Report on enteric fever
Disease focus: Fever
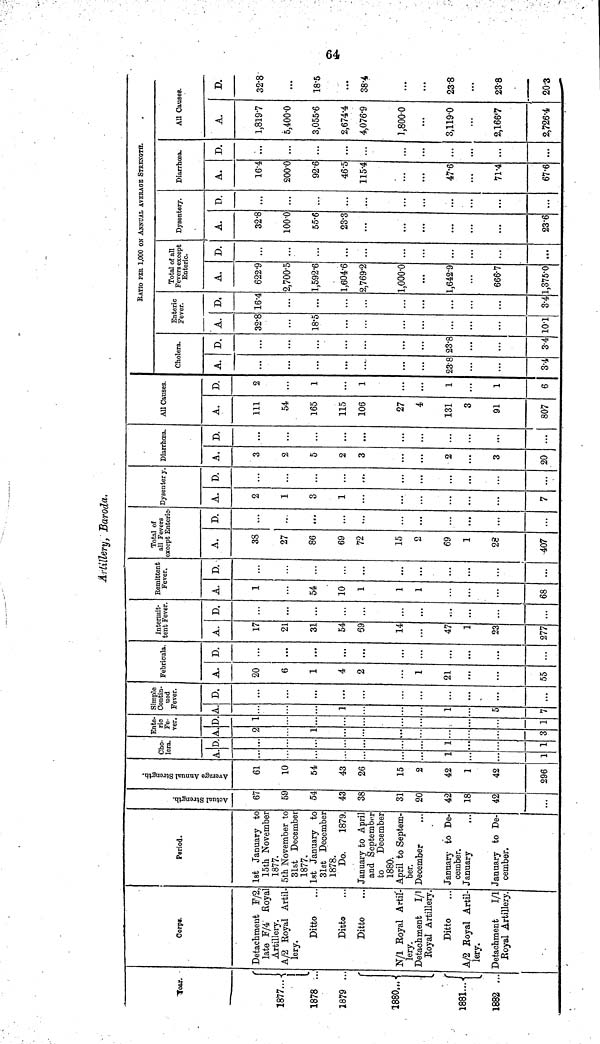
64
Artillery, Baroda.
Year.
1877...
1878 ..
1879 ..
1880...
1881...
1882 ...
Corps.
Detachment F/2
late F/4 Royal
Artillery.
A/2 Royal Artil-
lery.
Ditto
Ditto
Ditto
N/1 Royal Artil-
lery.
Detachment
I/1
Royal Artillery.
Ditto
A/2 Boyal Artil-
lery.
Detachment
I/1
Royal Artillery.
Period.
1st January to
15th November
1877.
5th November to
31st December
1877.
1st January to
31st December
1878.
Do.
1879
January to April
and September
to
December
1880.
April to Septem-
ber.
December
January to De-
cember.
January
January to De-
cember.
Actual Strength.
67
59
54
43
38
31
20
42
18
42
...
Average Annual Strength.
61
10
54
43
26
15
2
42
1
42
296
Cho-
lera.
A.
1
1
D
...
1
1
Ente-
ric
Fe-
ver.
A
2
1
...
3
D
1
1
Simple
Contin-
ued
Fever.
A.
1
1
5
7
D.
...
...
...
Febricula.
A.
20
6
1
4
2
1
21
55
D.
...
...
...
...
...
Intermit-
tent Fever.
A.
17
2:
31
54
69
14
47
1
23
277
D.
...
...
...
...
...
...
Remittent
Fever.
A.
1
54
10
1
1
1
...
...
...
68
D.
...
...
...
...
...
Total of
all Fevers
except Enteric
A.
38
27
86
69
72
15
2
69
1
28
407
...
...
...
...
...
...
Dysentery.
A.
2
1
3
1
...
• ••
7
D.
...
...
...
...
...
...
...
Diarrhœa.
A.
3
2
5
2
3
2
3
20
D.
...
...
...
...
...
All Causes.
A.
111
54
165
115
106
27
4
131
3
91
807
D.
2
...
1
1
1
1
6
RATIO PER 1,000 ON ANNUAL AVERAGE STRENGTH.
Cholera.
A.
...
...
23.8
3.4
D.
...
...
...
23.8
34
Enteric
Fever.
A.
32.8
...
18.5
...
101
ft
16.4
...
...
3.4
Total of all
Fevers except
Enteric.
A.
622.9
2,700.5
1,592.6
1,604.6
2,769.2
1,000.0
1,642.9
666.7
1,375.0
D.
...
...
...
...
...
...
Dysentery.
A.
32.8
100.0
55.6
23.3
...
23.6
D.
...
...
...
...
...
...
...
Diarrhœa.
A.
16.4
200.0
92.6
46.5
115.4
47.6
71.4
67.6
D.
...
...
...
...
...
...
All Causes.
A.
1,819.7
5,400.0
3,055.6
2,674.4
4,076'9
1,800.0
3,119.0
2,1667
2,726.4
D.
32.8
...
18.5
...
38.4
...
23.8
...
23.8
20.3